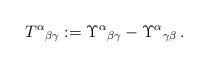
LaTeX: \begin{align*}T^\alpha{}_{\beta\gamma}:=\Upsilon^\alpha{}_{\beta\gamma}-\Upsilon^\alpha{}_{\gamma\beta}\,.\end{align*}